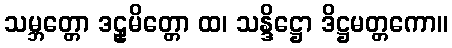
သမ္ဘတ္တော ဒဠှမိတ္တော ထ၊ သန္ဒိဋ္ဌော ဒိဋ္ဌမတ္တကော။